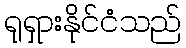
ရုရှားနိုင်ငံသည်